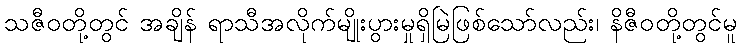
သဇီဝတို့တွင် အချိန် ရာသီအလိုက်မျိုးပွားမှုရှိမြဲဖြစ်သော်လည်း၊ နိဇီဝတို့တွင်မူ